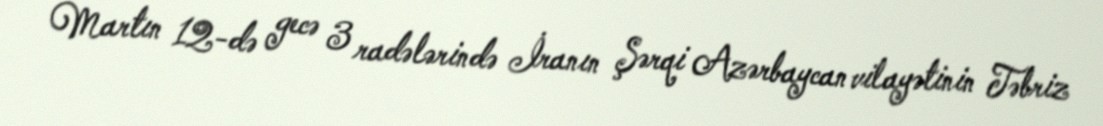
Martın 12-də gecə 3 radələrində İranın Şərqi Azərbaycan vilayətinin Təbriz